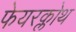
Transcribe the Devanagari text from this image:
फेयरक्लोथ